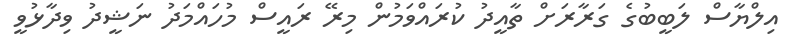
އިލްޔާސް ލަބީބުގެ ގަރާރަށް ތާއީދު ކުރައްވަމުން މިރޭ ރައީސް މުހައްމަދު ނަޝީދު ވިދާޅުވީ